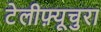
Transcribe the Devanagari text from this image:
टेलीफ़्यूचुरा